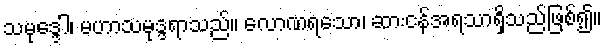
သမုဒ္ဒေါ၊ မဟာသမုဒ္ဒရာသည်။ လောဏရသော၊ ဆားငန်အရသာရှိသည်ဖြစ်၍။